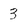
Character: 3